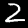
Digit: 2